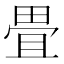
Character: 畳